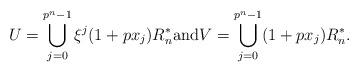
LaTeX: \begin{align*}U = \bigcup_{j=0}^{p^n-1} \xi^j (1+px_j)R_n^* \mbox{and} V = \bigcup_{j=0}^{p^n-1} (1+px_j)R_n^*.\end{align*}